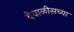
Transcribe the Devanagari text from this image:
बेचाळीसच्या